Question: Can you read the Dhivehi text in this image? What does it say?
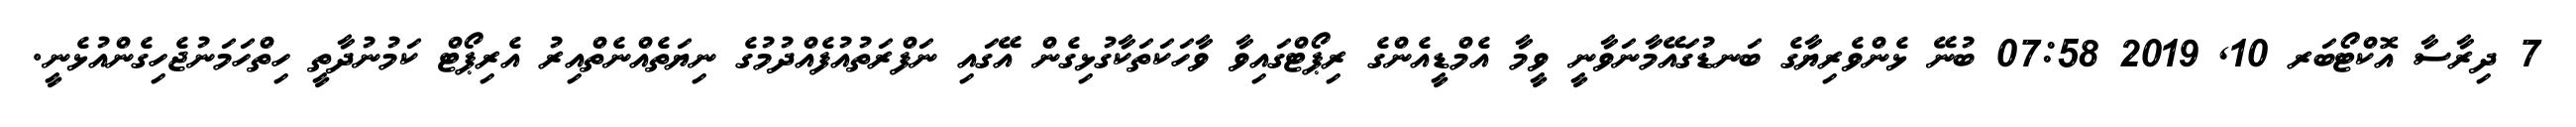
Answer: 7 ދިރާސާ އޮކްޓޯބަރ 10, 2019 07:58 ބުނޭ ޅެންވެރިޔާގެ ބަނޑުގައޭމާނަވާނީ ވީމާ އެމްޑީއެންގެ ރިޕޯޓްގައިވާ ވާހަކަތަކާގުޅިގެން އޭގައި ނަފްރަތުއުފެއްދުމުގެ ނިޔަތެއްނެތްއިރު އެރިޕޯޓް ކަމުނުދާތީ ހިތްހަމަނުޖެހިގެންއުޅެނީ.